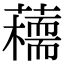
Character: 𧂦